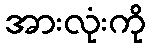
အားလုံးကို